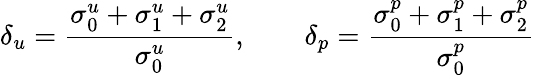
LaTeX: \delta_{u}=\frac{\sigma_{0}^{u}+\sigma_{1}^{u}+\sigma_{2}^{u}}{\sigma_{0}^{u}},\qquad\delta_{p}=\frac{\sigma_{0}^{p}+\sigma_{1}^{p}+\sigma_{2}^{p}}{\sigma_{0}^{p}}